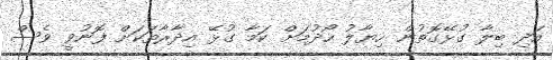
އަދި ބިލާ ގުޅޭގޮތުން ހިޔާލު ހޯދުމަށް ކަމާ ގުޅޭ އިދާރާތަކަށް ފޮނުވީ ވެސް